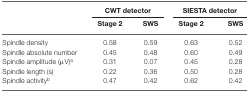
<table><thead><tr><td></td><td colspan="2"><b>CWT detector</b></td><td colspan="2"><b>SIESTA detector</b></td></tr><tr><td></td><td><b>Stage 2</b></td><td><b>SWS</b></td><td><b>Stage 2</b></td><td><b>SWS</b></td></tr></thead><tbody><tr><td>Spindle density</td><td>0.58</td><td>0.59</td><td>0.63</td><td>0.52</td></tr><tr><td>Spindle absolute number</td><td>0.45</td><td>0.48</td><td>0.60</td><td>0.49</td></tr><tr><td>Spindle amplitude (μV)<sup>a</sup></td><td>0.31</td><td>0.07</td><td>0.45</td><td>0.28</td></tr><tr><td>Spindle length (s)</td><td>0.22</td><td>0.36</td><td>0.50</td><td>0.28</td></tr><tr><td>Spindle activity<sup>b</sup></td><td>0.47</td><td>0.42</td><td>0.62</td><td>0.42</td></tr></tbody></table>